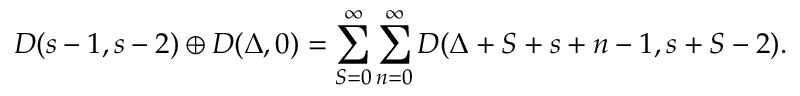
D ( s - 1 , s - 2 ) \oplus D ( \Delta , 0 ) = \sum _ { S = 0 } ^ { \infty } \sum _ { n = 0 } ^ { \infty } D ( \Delta + S + s + n - 1 , s + S - 2 ) .